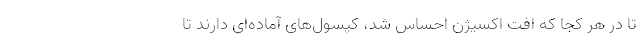
تا در هر کجا که اُفت اکسیژن احساس شد، کپسول‌های آماده‌ای دارند تا